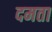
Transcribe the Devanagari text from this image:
दमता